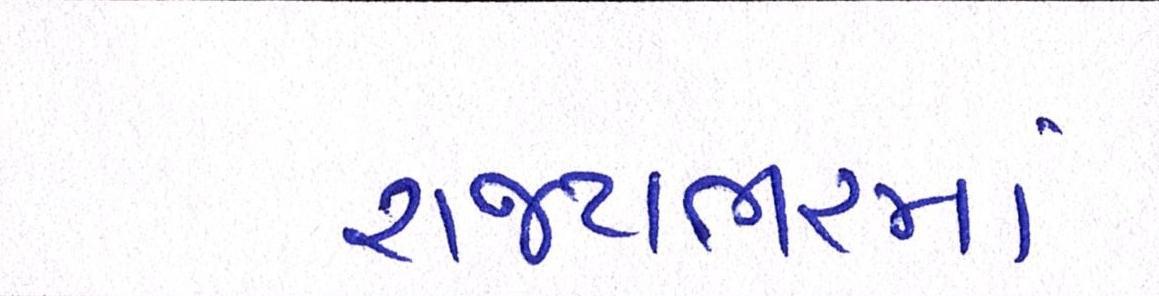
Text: રાજ્યભરમાં